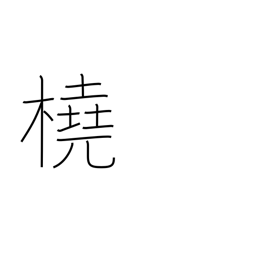
Meaning: scull